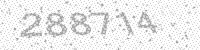
Solution: 288714